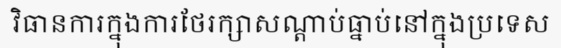
វិធានការក្នុងការថែរក្សាសណ្តាប់ធ្នាប់នៅក្នុងប្រទេស